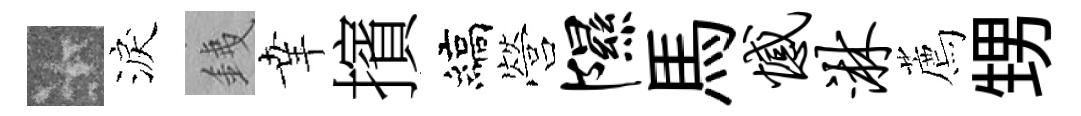
卡淚銕𦍒擯縞營隰馬憾淋薦甥